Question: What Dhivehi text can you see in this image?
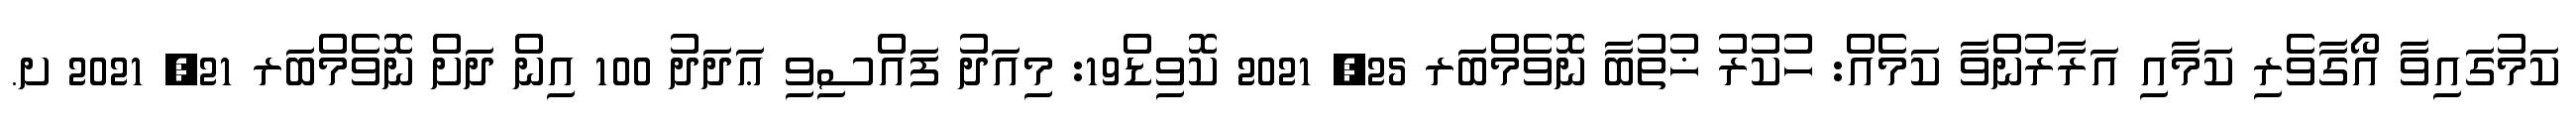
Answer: ކަމުގައިވާ އޯގާވެރި ކަމާއި އަރާރުންވާ ކަމެއް: ހުކުރު ޚުތުބާ ނޮވެމްބަރ 25, 2021 ކޮވިޑް19: މިއަދު ފައްސިވި ޢަދަދު 100 އިން ދަށް ނޮވެމްބަރ 21, 2021 ށ.